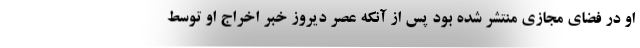
او در فضای مجازی منتشر شده بود پس از آنکه عصر دیروز خبر اخراج او توسط